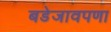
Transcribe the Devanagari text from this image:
बडेजावपणा